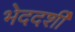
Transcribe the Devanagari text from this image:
भेददर्शी